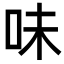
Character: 味